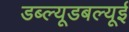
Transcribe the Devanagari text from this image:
डब्ल्यूडबल्यूई